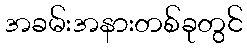
အခမ်းအနားတစ်ခုတွင်